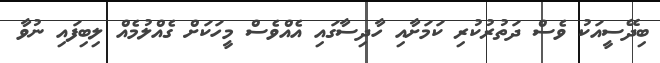
ބިދޭސީއަކު ވެސް ދަތުރުކުރި ކަމަށާއި ހާދިސާގައި އެއްވެސް މީހަކަށް ގެއްލުމެއް ލިބިފައި ނުވާ